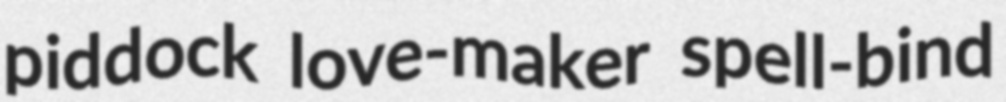
piddock love-maker spell-bind